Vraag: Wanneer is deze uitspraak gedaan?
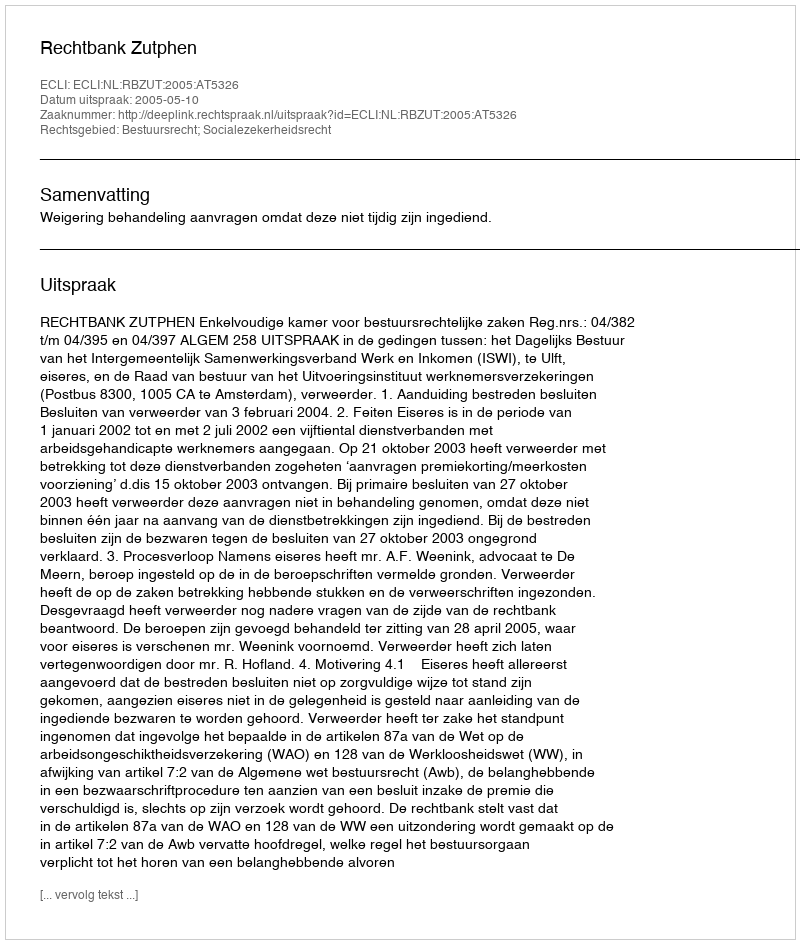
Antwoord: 2005-05-10